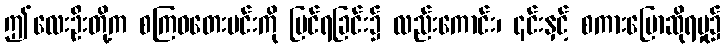
ဤလေးဦးတို့က စကြဝတေးမင်းကို မြင်ရခြင်း၌ လည်းကောင်း၊ ၎င်းနှင့် စကားပြောဆိုရမှု၌